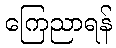
ကြေညာရန်